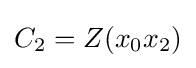
C_{2}=Z(x_{0}x_{2})